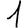
Digit: 1